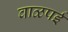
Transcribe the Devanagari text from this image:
वाळपई